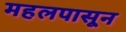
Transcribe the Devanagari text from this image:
महलपासून